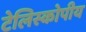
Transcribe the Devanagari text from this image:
टेलिस्कोपीय